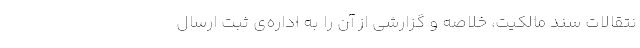
نتقالات سند مالکیت، خلاصه و گزارشی از آن را به اداره‌ی ثبت ارسال